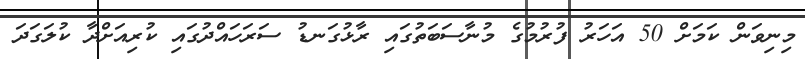
މިނިވަން ކަމަށް 50 އަހަރު ފުރުމުގެ މުނާސަބަތުގައި ރާޅުގަނޑު ސަރަހައްދުގައި ކުރިއަށްދާ ކުލަގަދަ